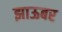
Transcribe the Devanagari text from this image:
झाऊबर